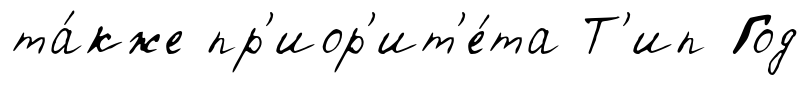
та́кже пр'иор'ит'е́та Т'ип Год